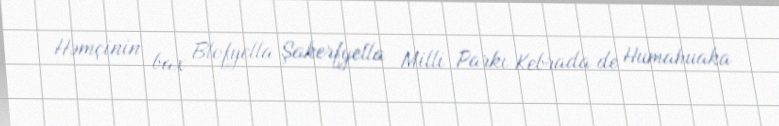
Həmçinin bax Blofyella Şakerfyella Milli Parkı Kebrada de Humahuaka